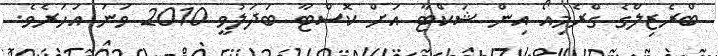
ބްރެޒިލްގެ ގްރެމިއޯ އިން ޝަކްޓާ އަށް ކޮސްޓާ ބަދަލުވީ 2010 ވަނަ އަހަރެވެ.